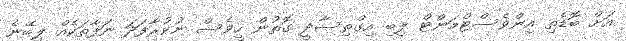
އަށް ބޮޑެތި އިންވެސްޓްމަންޓް ލިބި އިގްތިސާދީ ގޮތުން ހީވެސް ނުކުރާފަދަ ނަފާތަކެއް ލިބޭނެ